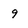
Character: 9